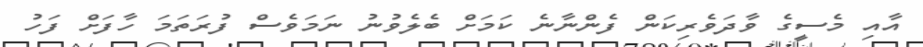
އާއި މެސީގެ ވާދަވެރިކަން ފެންނާނެ ކަމަށް ބެލެވުނު ނަމަވެސް ފުރަތަމަ ހާފަށް ފަހު